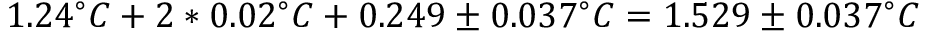
1 . 2 4 ^ { \circ } C + 2 * 0 . 0 2 ^ { \circ } C + 0 . 2 4 9 \pm 0 . 0 3 7 ^ { \circ } C = 1 . 5 2 9 \pm 0 . 0 3 7 ^ { \circ } C